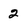
Character: 2